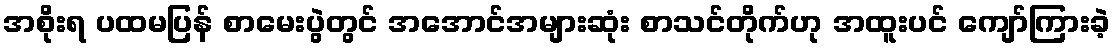
အစိုးရ ပထမပြန် စာမေးပွဲတွင် အအောင်အများဆုံး စာသင်တိုက်ဟု အထူးပင် ကျော်ကြားခဲ့